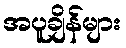
အပူချိန်များ